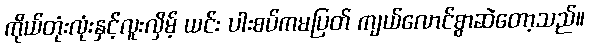
ကိုယ်တုံးလုံးနှင့်လူးလှိမ့် ယင်း ပါးစပ်ကမပြတ် ကျယ်လောင်စွာဆဲတော့သည်။